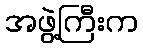
အဖွဲ့ကြီးက